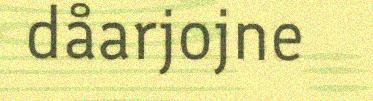
dåarjojne